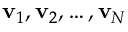
\mathbf { v } _ { 1 } , \mathbf { v } _ { 2 } , \dots , \mathbf { v } _ { N }